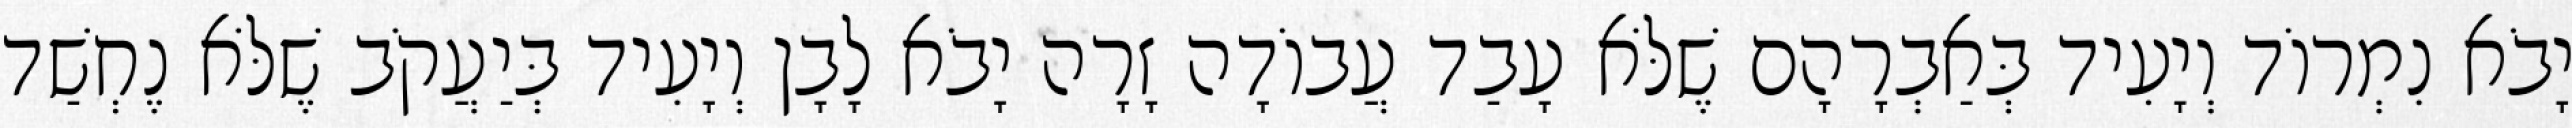
יָבֹא נִמְרוֹד וְיָעִיד בְּאַבְרָהָם שֶׁלֹּא עָבַד עֲבוֹדָה זָרָה יָבֹא לָבָן וְיָעִיד בְּיַעֲקֹב שֶׁלֹּא נֶחְשַׁד